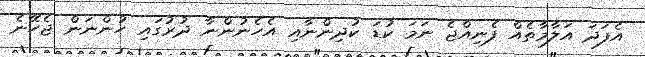
އެފަދަ އަލާމާތެއް ފެނިއްޖެ ނަމަ ކުޑަ ކުދިންނާއި އެހެނުންނާ ދުރުގައި ހުންނަން ޖެހޭނެ